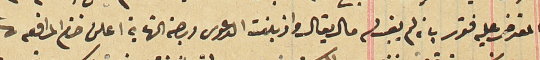
المعترض عليه فقرر بانه لم يفِ له مال يقال واذ بلغت الدعوى درجة النهاية اعلن ختم المرافعة